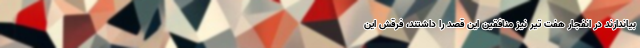
بیاندازند در انفجار هفت تیر نیز منافقین این قصد را داشتند، فرقش این